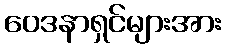
ဝေဒနာရှင်များအား